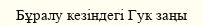
Бұралу кезіндегі Гук заңы